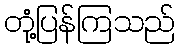
တုံ့ပြန်ကြသည်